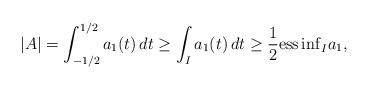
LaTeX: \begin{align*}|A|=\int_{-1/2}^{1/2}a_1(t)\,dt\geq \int_I a_1(t)\,dt\geq \frac{1}{2}\mathrm{ess}\,\mathrm{inf}_{\substack{I}}a_1,\end{align*}